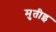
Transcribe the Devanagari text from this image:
मुतीइ